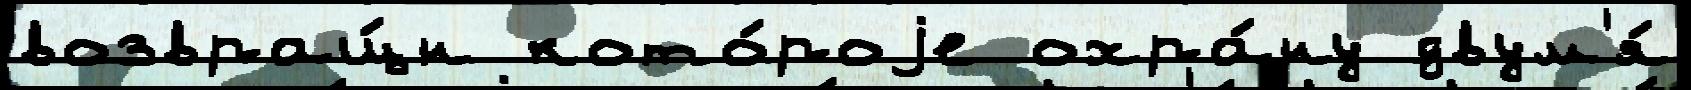
возвращ́н кото́роjе охра́ну двум'я́